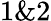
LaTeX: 1\& 2